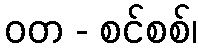
ဝတ - စင်စစ်၊